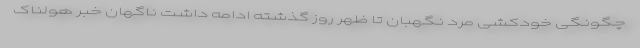
چگونگی خودکشی مرد نگهبان تا ظهر روز گذشته ادامه داشت ناگهان خبر هولناک